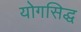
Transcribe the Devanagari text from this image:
योगसिद्ध